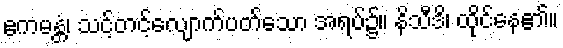
ဧကမန္တံ၊ သင့်တင့်လျောက်ပတ်သော အရပ်၌။ နိသီဒိ၊ ထိုင်နေ၏။